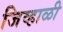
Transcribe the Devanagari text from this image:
जिव्हाळी